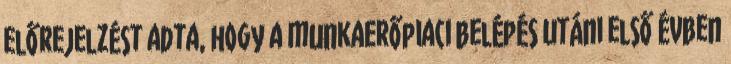
előrejelzést adta, hogy a munkaerőpiaci belépés utáni első évben